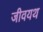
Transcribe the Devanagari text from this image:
जीवयथ